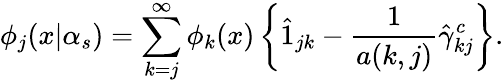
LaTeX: \phi_{j}(x|\alpha_{s})=\sum_{k=j}^{\infty}\phi_{k}(x)\left\{ \hat{1}_{jk}-\frac{1}{a(k,j)}\hat{\gamma}_{kj}^{c}\right\} .